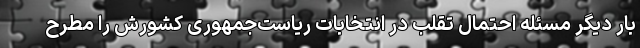
بار دیگر مسئله احتمال تقلب در انتخابات ریاست‌جمهوری کشورش را مطرح